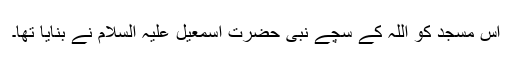
اس مسجد کو اللہ کے سچے نبی حضرت اسمٰعیل علیہ السلام نے بنایا تھا۔